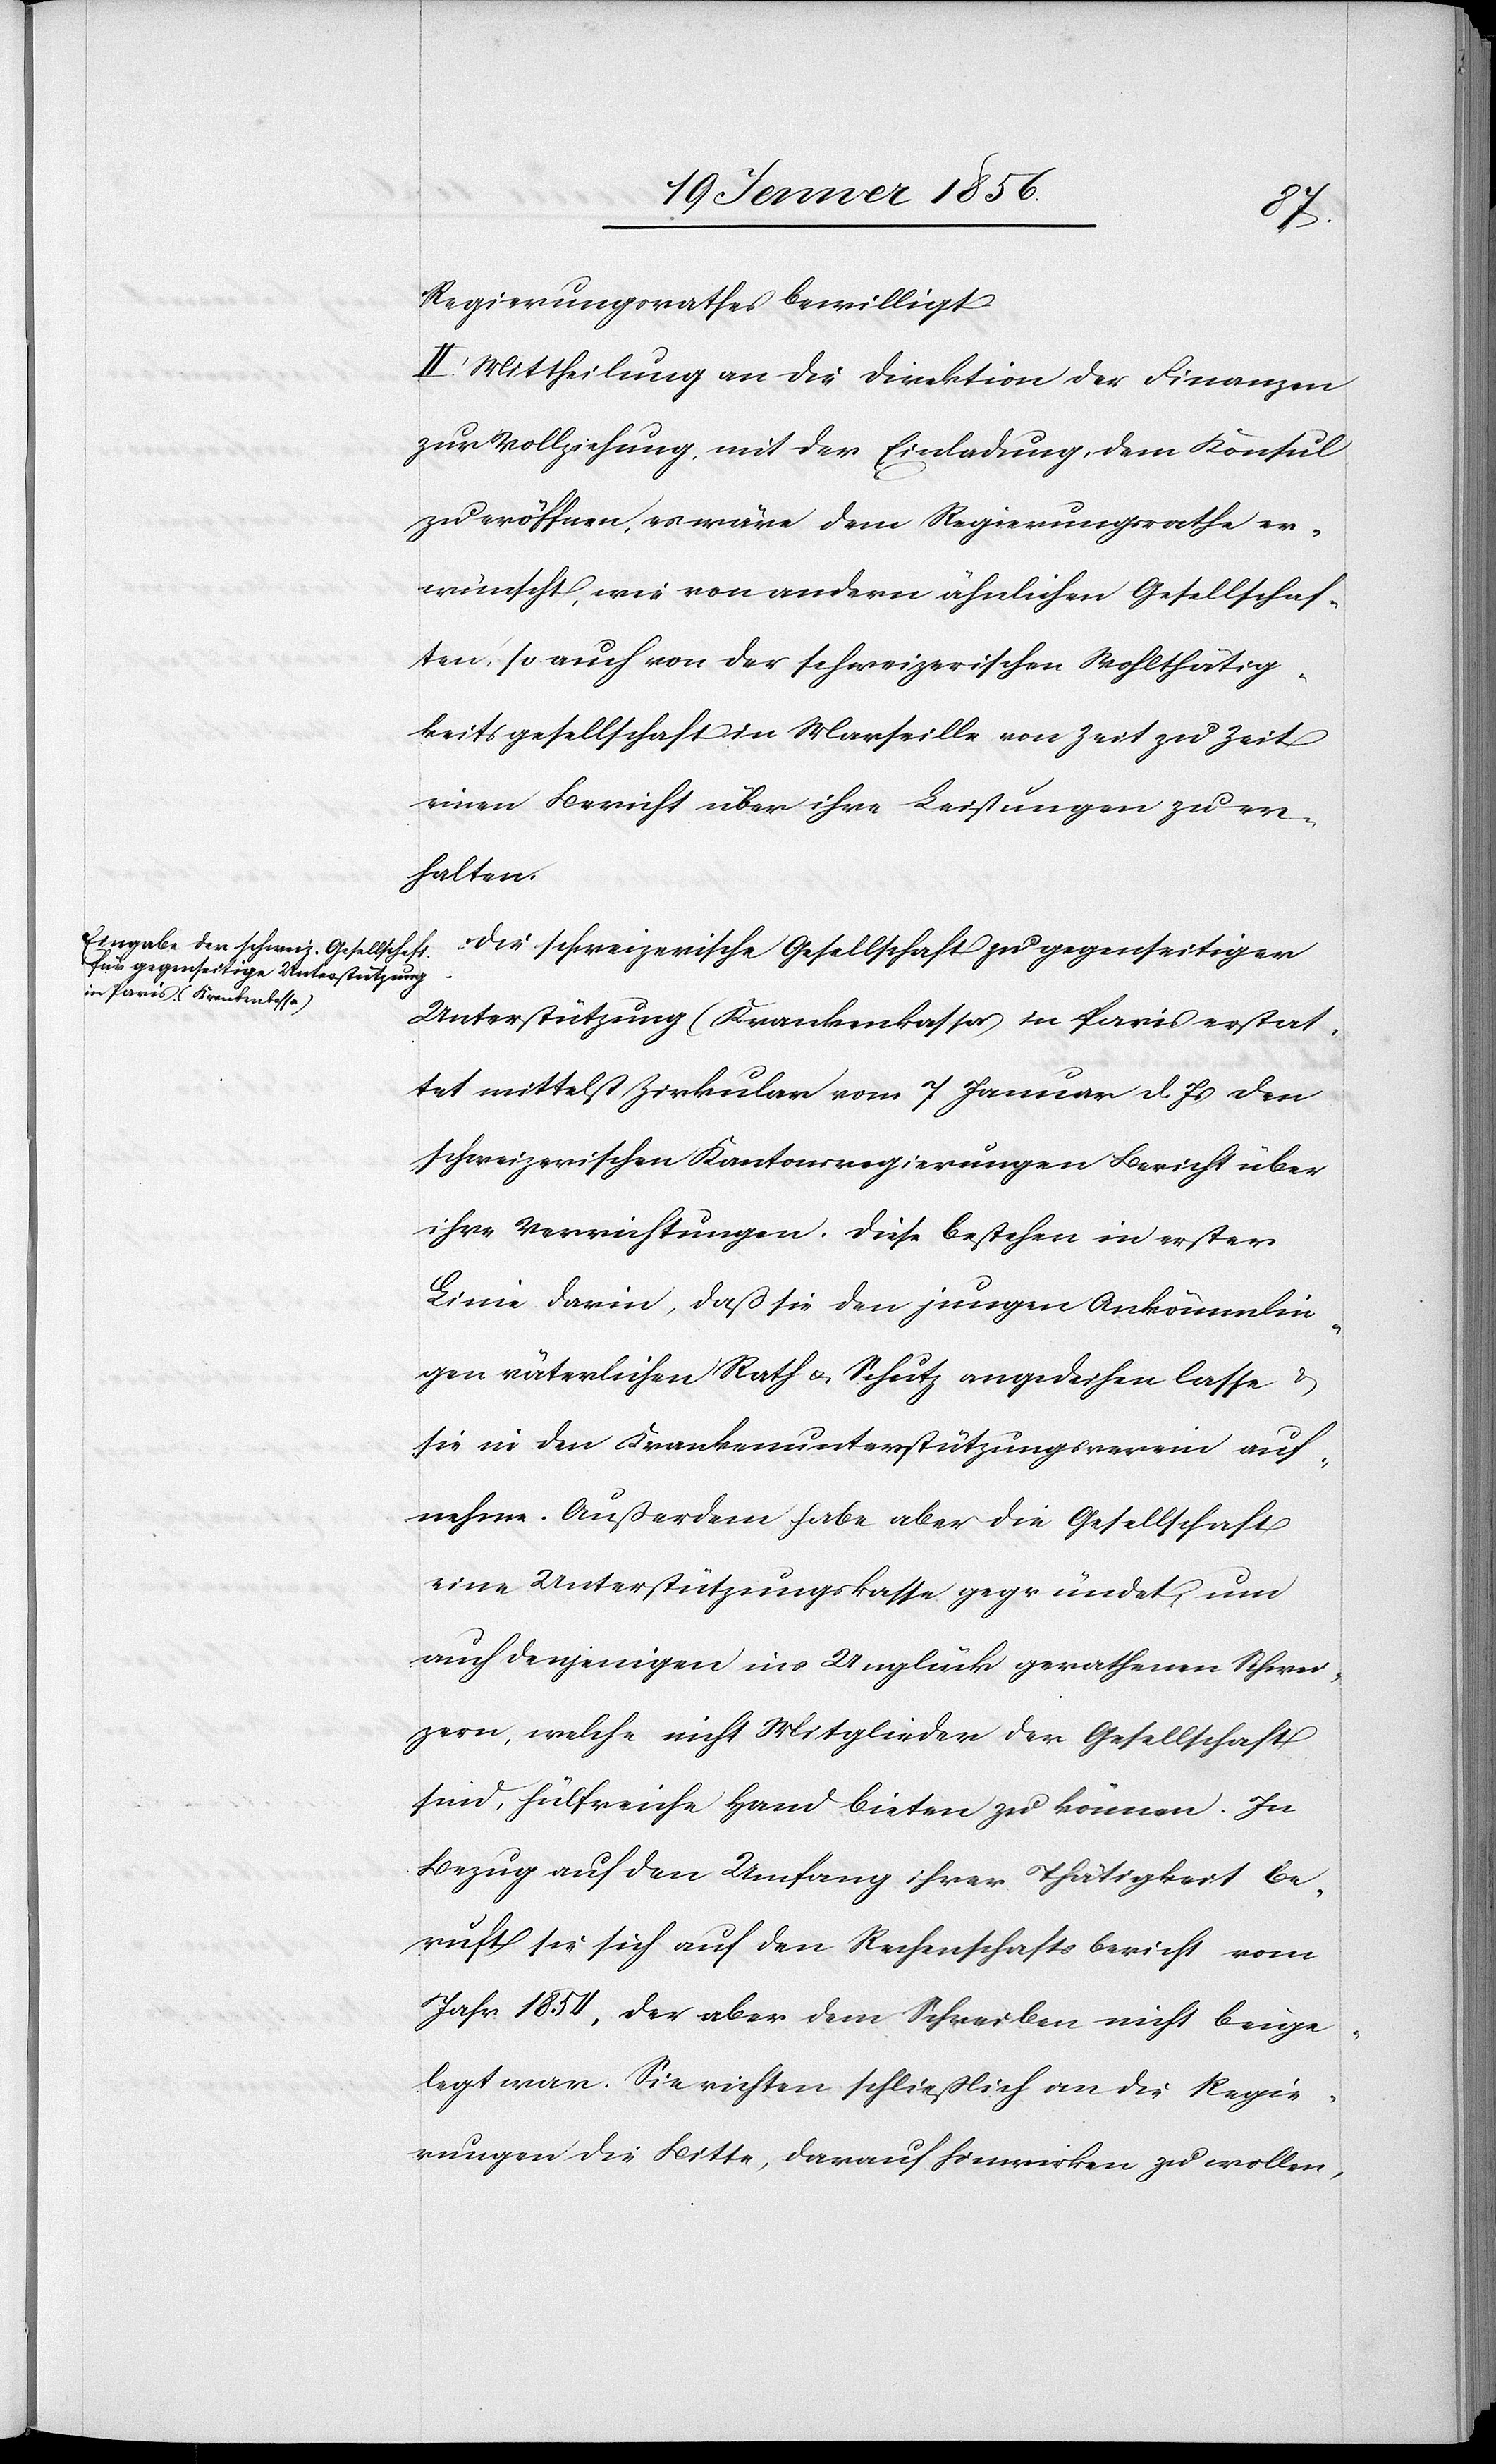
Regierungsrathes bewilligt.
II. Mittheilung an die Direktion der Finanzen
zur Vollziehung mit der Einladung dem Konsul
zu eröffnen, es wäre dem Regierungsrathe er¬
wünscht, wie von andern ähnlichen Gesellschaf¬
ten, so auch von der schweizerischen Wohltätig¬
keitsgesellschaft in Marseille von Zeit zu Zeit
einen Bericht über ihre Leistungen zu er¬
halten.
Die schweizerische Gesellschaft zu gegenseitiger
Unterstützung (Krankenkassa) in Paris erstat¬
tet mittelst Zirkular vom 7 Januar d. Js. den
schweizerischen Kantonsregierungen Bericht über
ihre Verrichtungen. Die bestehen in erster
Linie darin, daß sie den jungen Ankömmlin¬
gen väterlichen Rath u. Schutz angedeihen lasse u.
sie in den Krankenunterstützungsverein auf¬
nehme. Außerdem habe aber die Gesellschaft
eine Unterstützungskassa gegründet, um
auch denjenigen ins Unglück gerathenen Schwei¬
zern, welche nicht Mitglieder der Gesellschaft
sind, hülfreiche Hand bieten zu können. In
Bezug auf den Umfang ihrer Thätigkeit be¬
ruft sie sich auf den Rechenschaftsbericht vom
Jahr 1854, der aber dem Schreiben nicht beige¬
legt war. Sie richten schließlich an die Regie¬
rungen die Bitte, darauf hinwirken zu wollen,